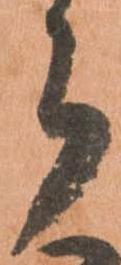
郎